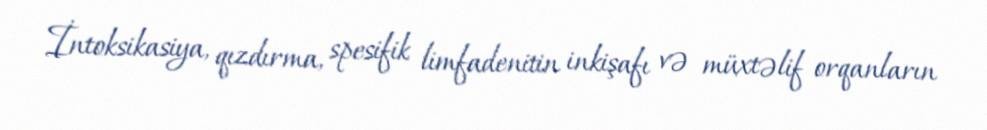
İntoksikasiya, qızdırma, spesifik limfadenitin inkişafı və müxtəlif orqanların